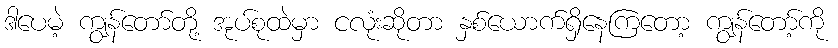
ဒါပေမဲ့ ကျွန်တော်တို့ အုပ်စုထဲမှာ ငလုံးဆိုတာ နှစ်ယောက်ရှိနေကြတော့ ကျွန်တော့်ကို